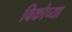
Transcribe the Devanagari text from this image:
विकोच्या